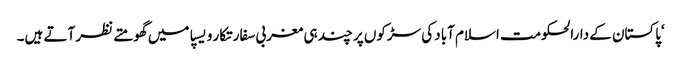
‘پاکستان کے دارالحکومت اسلام آباد کی سڑکوں پر چند ہی مغربی سفارتکار ویسپا میں گھومتے نظر آتے ہیں۔